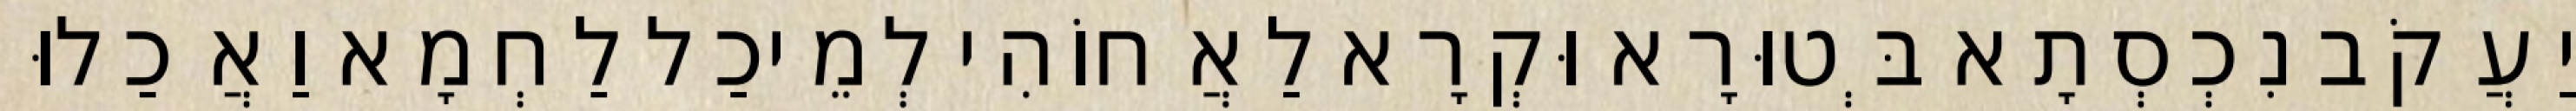
יַעֲקֹב נִכְסְתָא בְּטוּרָא וּקְרָא לַאֲחוֹהִי לְמֵיכַל לַחְמָא וַאֲכַלוּ